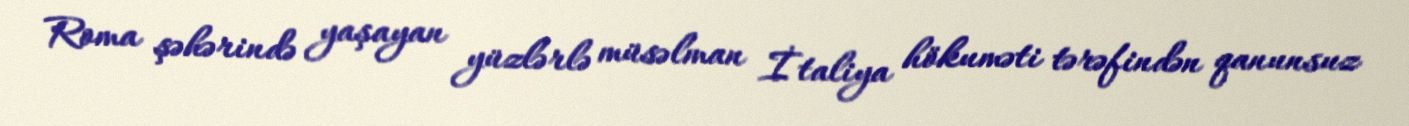
Roma şəhərində yaşayan yüzlərlə müsəlman İtaliya hökuməti tərəfindən qanunsuz